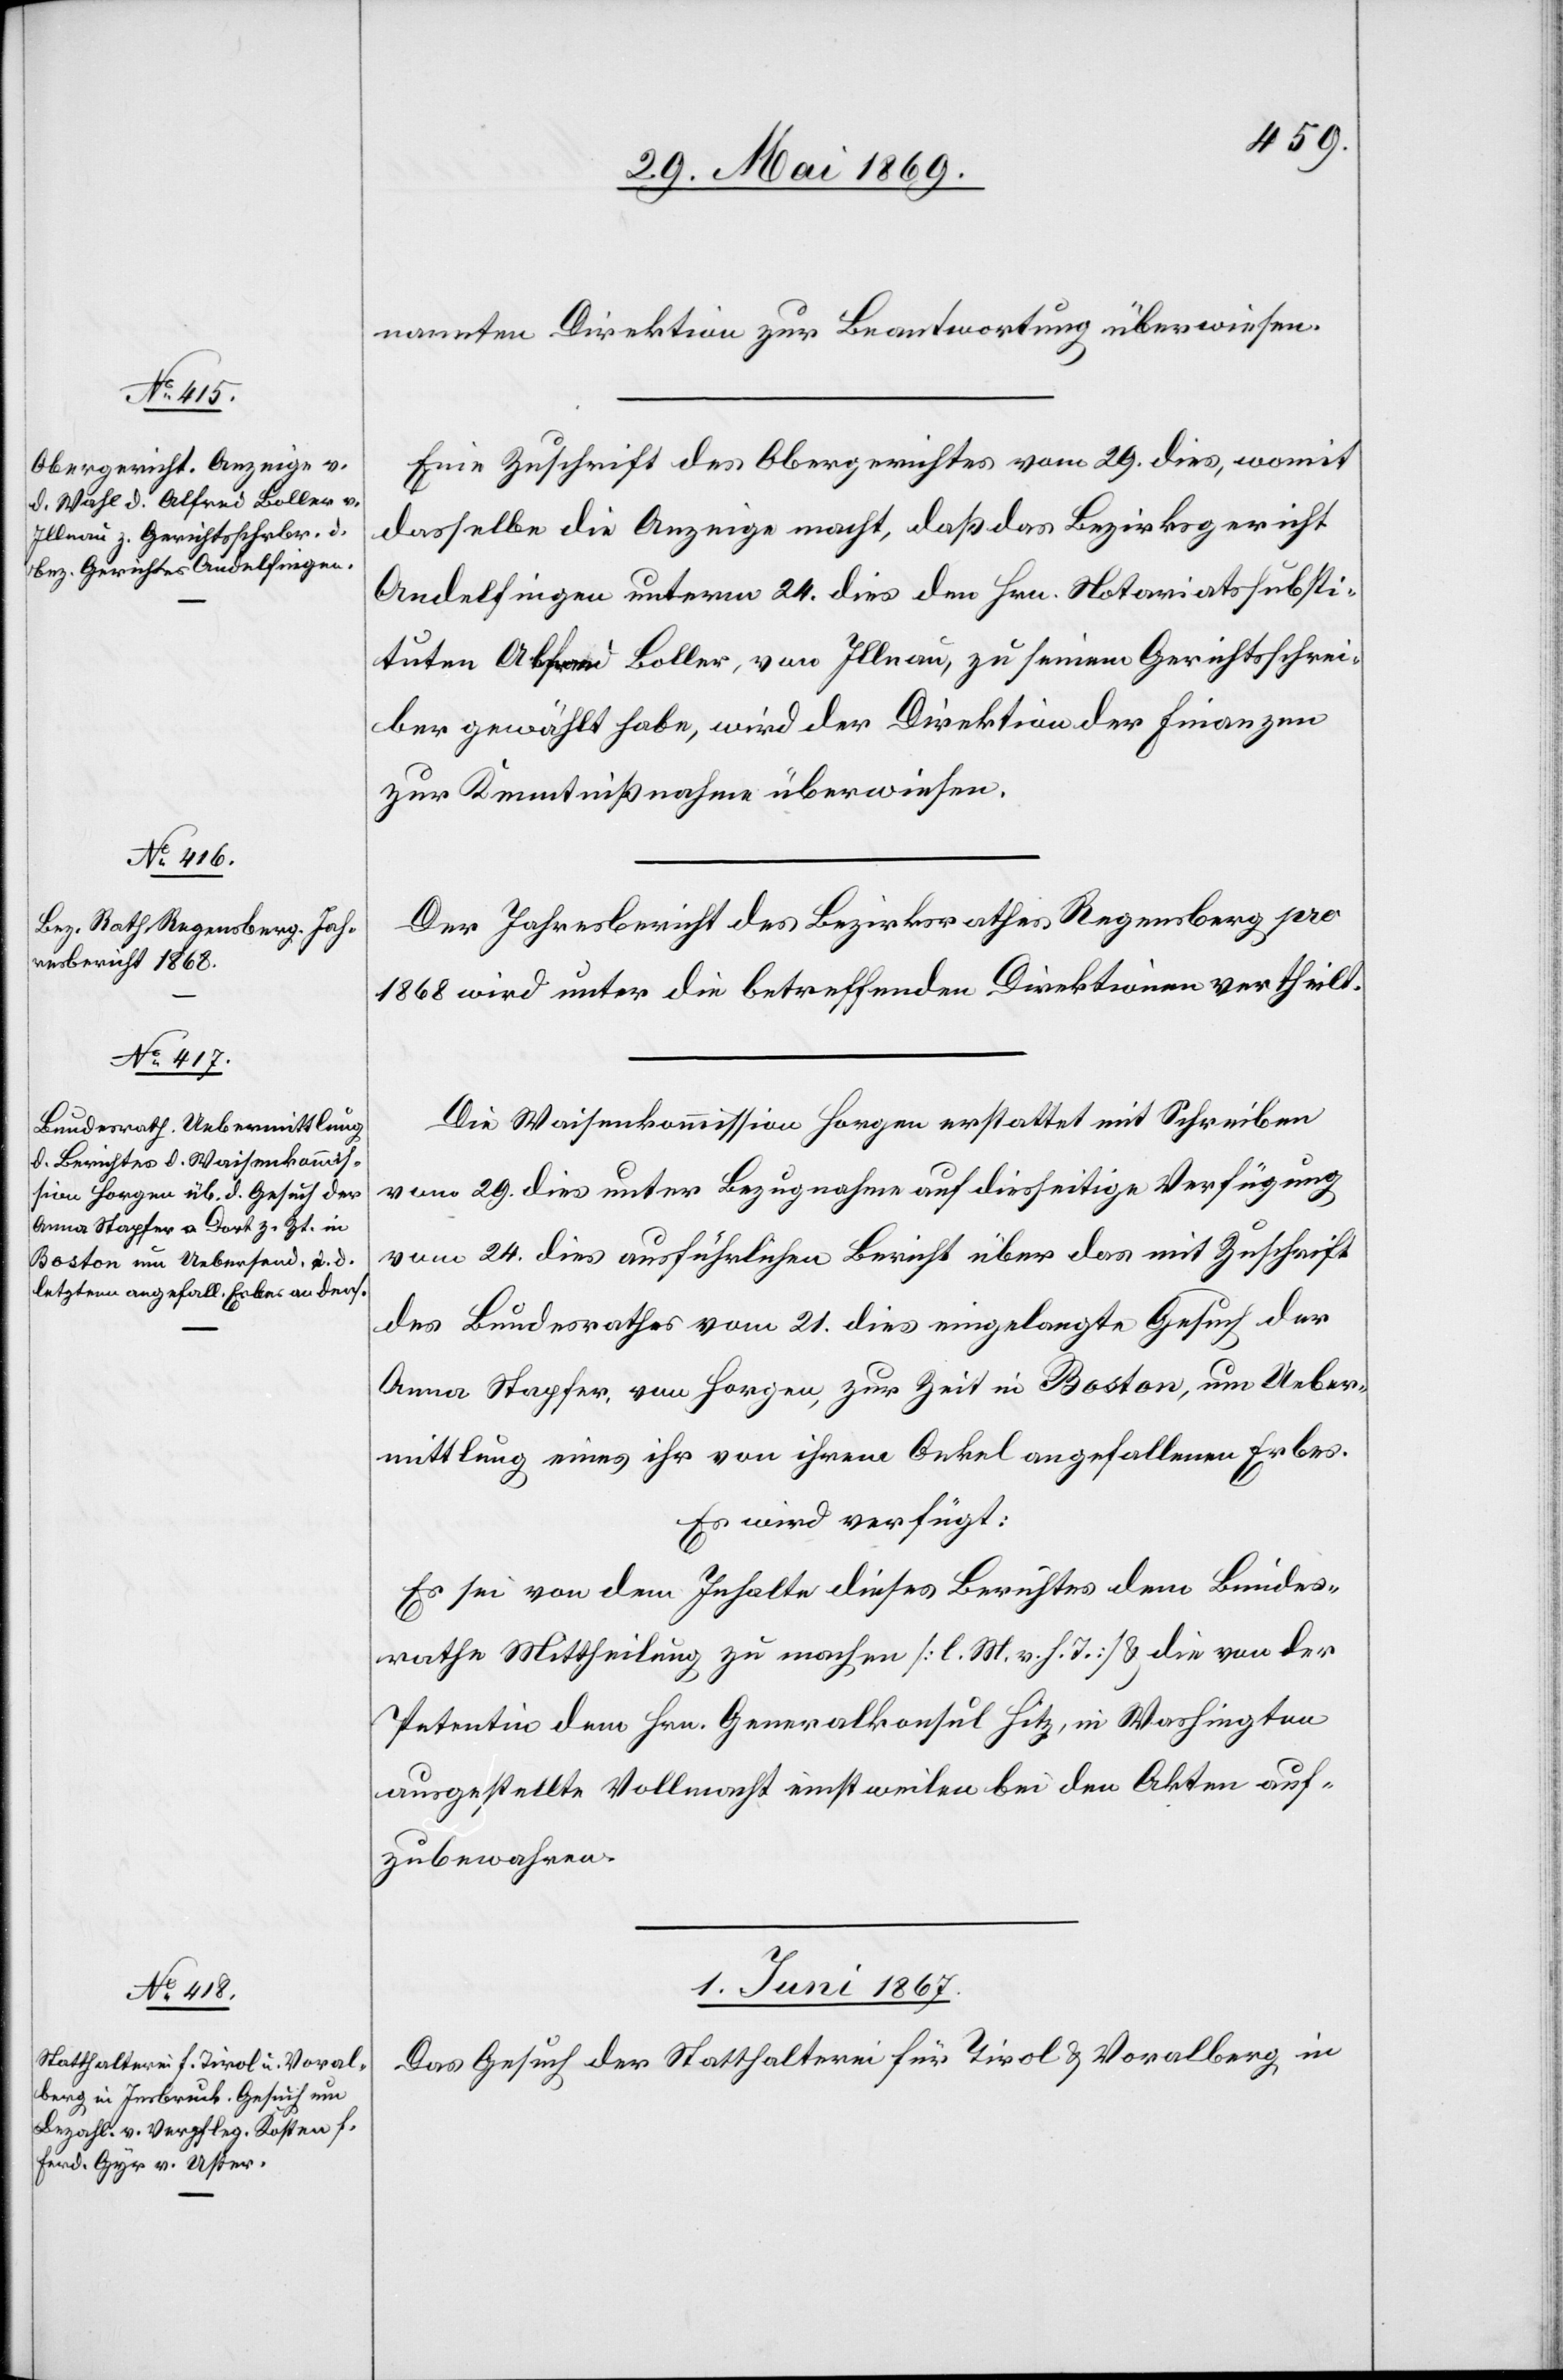
31. Mai 1869.]
nannten Direktion zur Beantwortung überwiesen.
Eine Zuschrift des Obergerichtes vom 29. dies, womit
dasselbe die Anzeige macht, daß das Bezirksgericht
Andelfingen unterm 24. dies den Hrn. Notariatssubsti¬
tuten Alfred Boller, von Illnau, zu seinem Gerichtsschrei¬
ber gewählt habe, wird der Direktion der Finanzen
zur Kenntnißnahme überwiesen.
Der Jahresbericht des Bezirksrathes Regensberg pro
1868 wird unter die betreffenden Direktionen vertheilt.
Die Waisenkommission Horgen erstattet mit Schreiben
vom 29. dies unter Bezugnahme auf diesseitige Verfügung
vom 24. dies ausführlichen Bericht über das mit Zuschrift
des Bundesrathes vom 21. dies eingelangte Gesuch der
Anna Stapfer, von Horgen, zur Zeit in Boston, um Ueber¬
mittlung eines ihr von ihrem Onkel angefallenen Erbes.
Es wird verfügt:
Es sei von dem Inhalte dieses Berichtes dem Bundes¬
rathe Mittheilung zu machen [l. M. v. h. T] u. die von der
Petentin dem Hrn. Generalkonsul Hitz, in Washington
ausgestellte Vollmacht einstweilen bei den Akten auf¬
zubewahren.
1. Juni 1869.
Das Gesuch der Statthalterei für Tirol u. Vorarlberg in